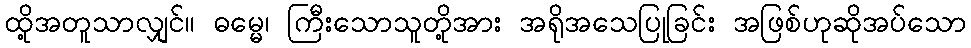
ထို့အတူသာလျှင်။ ဓမ္မေ၊ ကြီးသောသူတို့အား အရိုအသေပြုခြင်း အဖြစ်ဟုဆိုအပ်သော